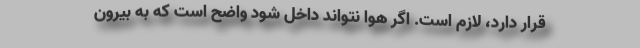
قرار دارد، لازم است. اگر هوا نتواند داخل شود واضح است که به بیرون